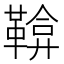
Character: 鞥